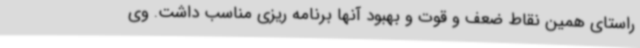
راستای همین نقاط ضعف و قوت و بهبود آنها برنامه ریزی مناسب داشت. وی